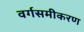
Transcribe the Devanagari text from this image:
वर्गसमीकरण